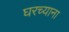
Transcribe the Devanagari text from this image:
घरच्याना